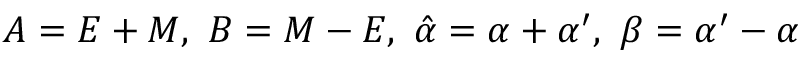
A = E + { M } , \ B = { M } - E , \ \hat { \alpha } = \alpha + \alpha ^ { \prime } , \ \beta = \alpha ^ { \prime } - \alpha